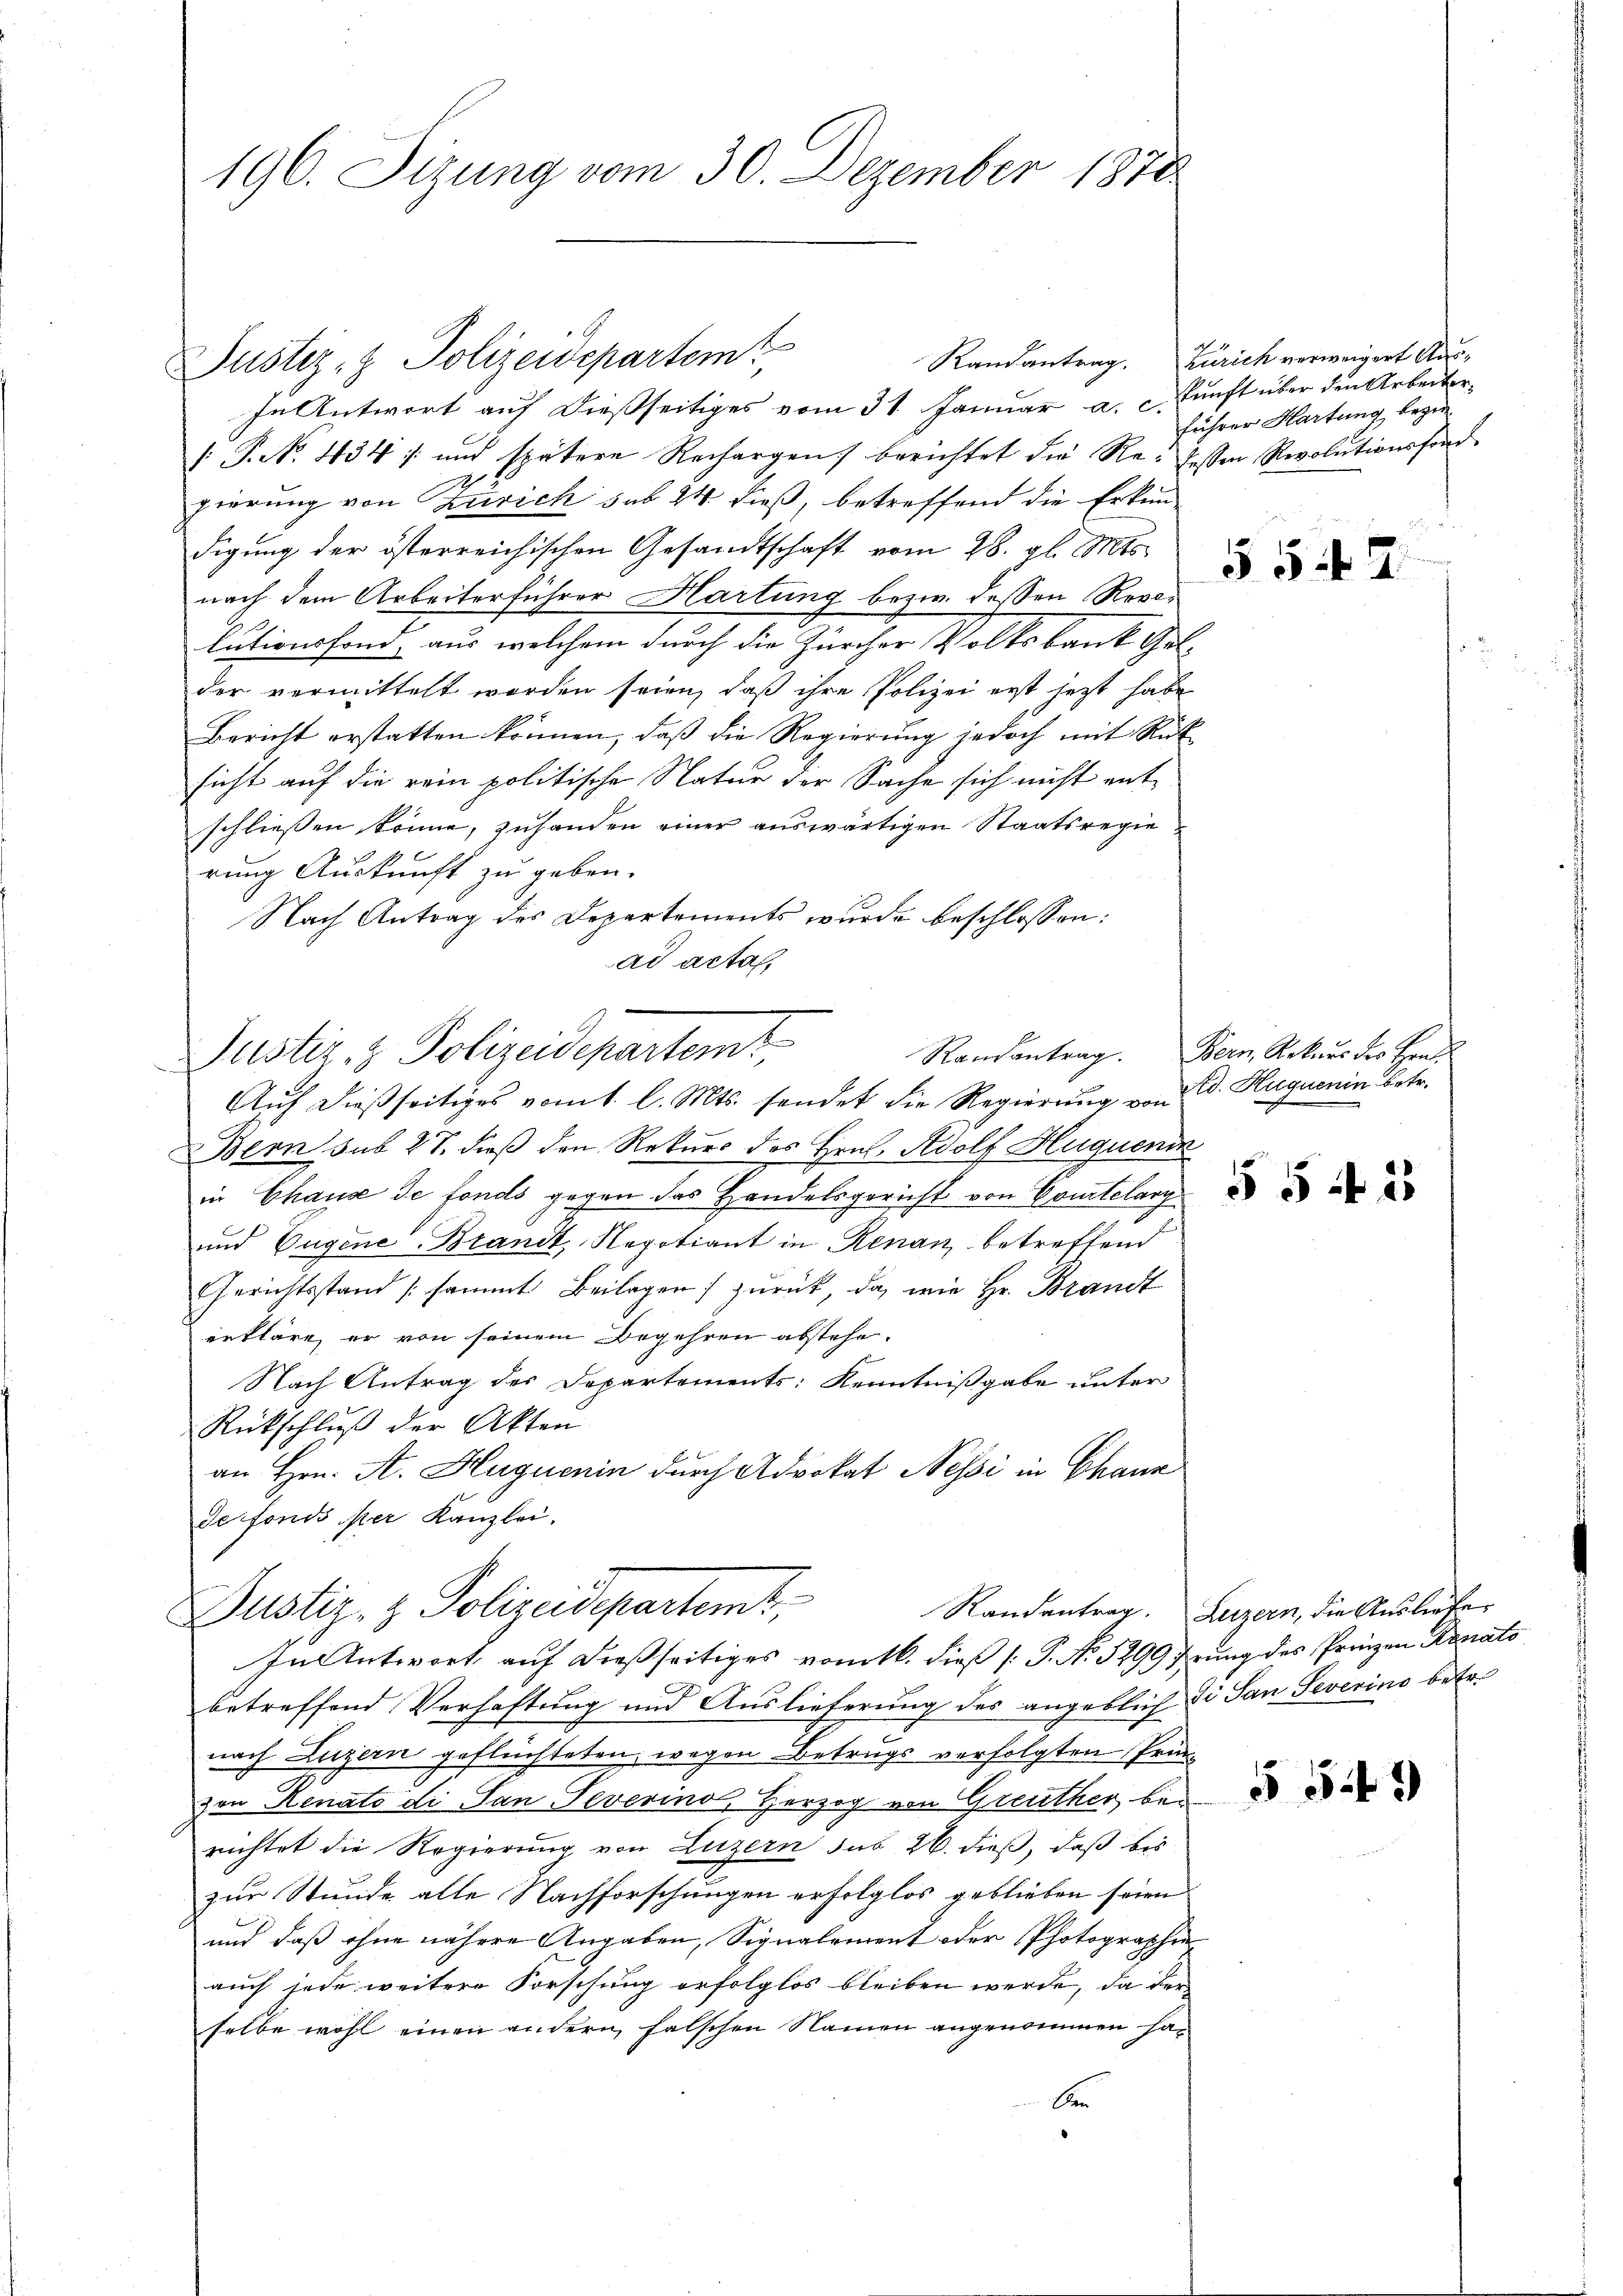
196. Sizung vom 30. Dezember 1870

In Antwort auf dießseitiges vom 31. Januar a. c. Zunft über den Arbeitse¬
( P. N. 434 :/ und spätere Rechargen) berichtet die Re- dessen Revolutionsfond.
gierung von Zürich sub 24 dieß, betreffend die Erkundigung der österreichischen Gesandtschaft vom 28. gl. Mts.
nach dem Arbeiterführer Hartung bezw. deßen Resolutionsfond, aus welchem durch die Zürcher Volksbank Gelder vermittelt worden seien, daß ihre Polizei erst jetzt habe
Bericht erstatten können, daß die Regierung jedoch mit Rück
sicht auf die rein politische Natur der Sache sich nicht entschliessen könne, zuhanden einer auswärtigen Staatsregie
rung Auskunft zu geben.
Nach Antrag des Departements wurde beschlossen:
ad acta,

Justiz- & Polizeidepartem

Justiz- & Polizeidepartemt,
Auf dießseitiges vom 1. l. Mts. sendet die Regierung von d. Huguenin Betr.

Bern sub 27. dieß den Rekurs des Hrn. Adolf Huquenik
in Chaux de fonds gegen das Handelsgericht von Courtelary
und Eugene Brandt, Negotiant in Renau betreffend
Gerichtsstand sammt Beilagen) zurück, da, wie Hr. Brandt
erkläre, er von seinem Begehren abstehe.
Nach Antrag des Departements: Kenntnißgabe unter
Rückschluß der Akten
an Hrn. A. Huguenin durch Advokat Nessi in Chane
de fonds per Kanzlei.
Justiz- & Polizeidepartemt,
In Antwort auf dießseitiges vom 16. dieß (: P. No 1299 Irung des Prinzen Renato
betreffend Verhaftung und Auslieferung des angeblich di San Severino betr.
nach Luzern geflüchteten, wegen Betrugs verfolgten Prinvon Renato di San Severino, Herzog von Greuther bei
richtet die Regierung von Luzern sub 26. dieß, daß bis
zur Stunde alle Nachforschungen erfolglos geblieben seien
und daß ohne nähere Angaben, Signalement oder Photographieauch jede weitere Forschung erfolglos bleiben werde, da der
selbe wohl einen andern, falschen Namen angenommen haben

Randantrag. Zürich verweigert Ausführer Hartung bezir

55 f 2

Randantrag. Bern, Rekurs des Hrn.

55 ff. 25

Randantrag. Luzern, die Ausliefe

§ 549